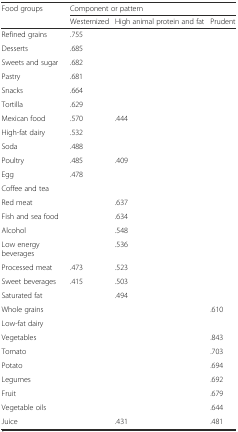
<table><thead><tr><td rowspan="2"><b>Food groups</b></td><td colspan="3"><b>Component or pattern</b></td></tr><tr><td><b>Westernized</b></td><td><b>High animal protein and fat</b></td><td><b>Prudent</b></td></tr></thead><tbody><tr><td>Refined grains</td><td>.755</td><td></td><td></td></tr><tr><td>Desserts</td><td>.685</td><td></td><td></td></tr><tr><td>Sweets and sugar</td><td>.682</td><td></td><td></td></tr><tr><td>Pastry</td><td>.681</td><td></td><td></td></tr><tr><td>Snacks</td><td>.664</td><td></td><td></td></tr><tr><td>Tortilla</td><td>.629</td><td></td><td></td></tr><tr><td>Mexican food</td><td>.570</td><td>.444</td><td></td></tr><tr><td>High-fat dairy</td><td>.532</td><td></td><td></td></tr><tr><td>Soda</td><td>.488</td><td></td><td></td></tr><tr><td>Poultry</td><td>.485</td><td>.409</td><td></td></tr><tr><td>Egg</td><td>.478</td><td></td><td></td></tr><tr><td>Coffee and tea</td><td></td><td></td><td></td></tr><tr><td>Red meat</td><td></td><td>.637</td><td></td></tr><tr><td>Fish and sea food</td><td></td><td>.634</td><td></td></tr><tr><td>Alcohol</td><td></td><td>.548</td><td></td></tr><tr><td>Low energy beverages</td><td></td><td>.536</td><td></td></tr><tr><td>Processed meat</td><td>.473</td><td>.523</td><td></td></tr><tr><td>Sweet beverages</td><td>.415</td><td>.503</td><td></td></tr><tr><td>Saturated fat</td><td></td><td>.494</td><td></td></tr><tr><td>Whole grains</td><td></td><td></td><td>.610</td></tr><tr><td>Low-fat dairy</td><td></td><td></td><td></td></tr><tr><td>Vegetables</td><td></td><td></td><td>.843</td></tr><tr><td>Tomato</td><td></td><td></td><td>.703</td></tr><tr><td>Potato</td><td></td><td></td><td>.694</td></tr><tr><td>Legumes</td><td></td><td></td><td>.692</td></tr><tr><td>Fruit</td><td></td><td></td><td>.679</td></tr><tr><td>Vegetable oils</td><td></td><td></td><td>.644</td></tr><tr><td>Juice</td><td></td><td>.431</td><td>.481</td></tr></tbody></table>